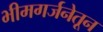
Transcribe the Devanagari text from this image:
भीमगर्जनेतून